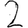
Digit: 2